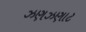
ઝણઝણાટ